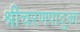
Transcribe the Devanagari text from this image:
श्रीचरणपादुका